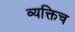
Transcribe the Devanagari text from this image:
व्यक्तिच